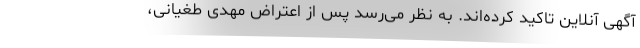
آگهی آنلاین تاکید کرده‌اند. به نظر می‌رسد پس از اعتراض مهدی طغیانی،